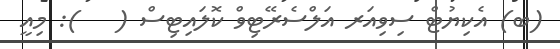
(ބ) އެކިޔުޓް ސިވިއަރ އަލްސެރޭޓިވް ކޮލައިޓިސް (   ): މިއީ